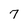
Character: 7